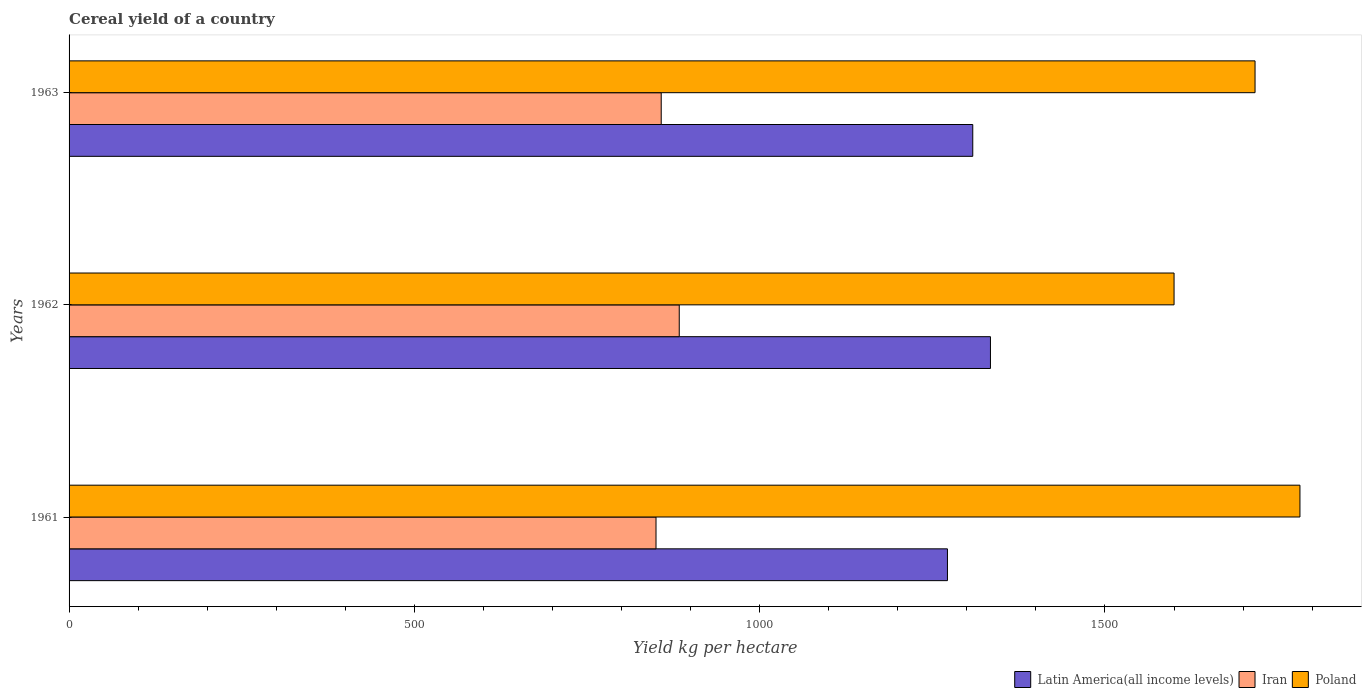
| Years | Latin America(all income levels) | Iran | Poland |
 | --- | --- | --- | --- |
 | 1961 | 1.27e+03 | 850 | 1.78e+03 |
 | 1962 | 1.33e+03 | 884 | 1.6e+03 |
 | 1963 | 1.31e+03 | 857 | 1.72e+03 |